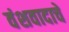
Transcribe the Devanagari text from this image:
वंशवादाचे